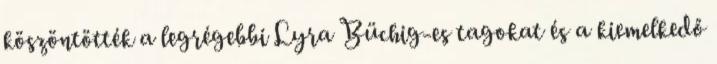
köszöntötték a legrégebbi Lyra Büchig-es tagokat és a kiemelkedő